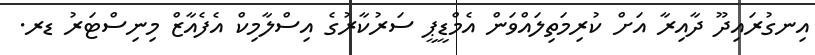
އިނގުރައިދޫ ދާއިރާ އަށް ކުރިމަތިލައްވަން އެމްޑީޕީ ސަރުކާރުގެ އިސްލާމިކް އެފެއާޒް މިނިސްޓަރު ޑރ.